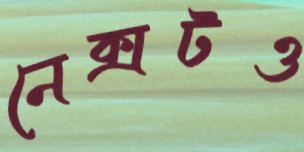
নেক্সটও